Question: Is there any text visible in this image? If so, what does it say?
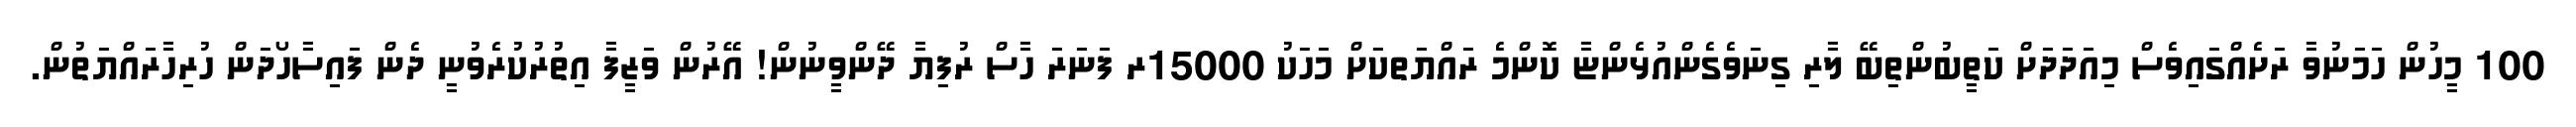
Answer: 100 މީހުން ހަމަނުވާ ރަށެއްގައިވެސް މިއަދަދަށް ކަތީބުންތިބޭ ލާރި ގިނަވެގެންއުޅެންޏާ ކޮންމެ ރައްޔަތކަށް މަހަކު 15000ރ ފަނަރަ ހާސް ރުފިޔާ ދޭންވީނުން! އޭރުން ވަޒީފާ އިތުރުކުރެވުނީ ދެން ފައިސާހޯދަން ހުރިހާރައްޔަތުން.